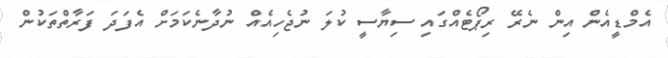
އެމްޑީއެން އިން ނެރޭ ރިޕޯޓެއްގައި ސިޔާސީ ކުލަ ނުޖެހިއެއް ނުދާނެކަމަށް އެފަދަ ފަރާތްތަކުން